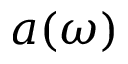
a ( \omega )